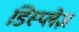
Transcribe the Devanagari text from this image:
डिस्प्लेज़